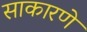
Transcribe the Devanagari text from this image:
साकारणे